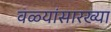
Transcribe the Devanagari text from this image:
वळ्यांसारख्या